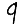
Digit: 9